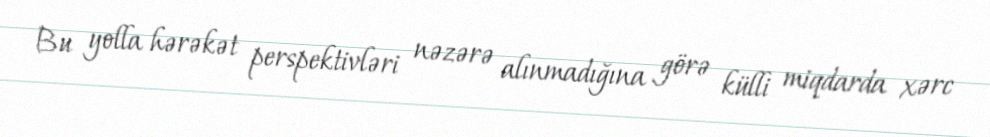
Bu yolla hərəkət perspektivləri nəzərə alınmadığına görə külli miqdarda xərc